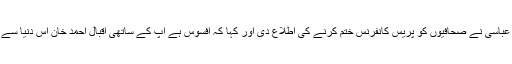
‘‘ بعد میں جنرل عباسی نے صحافیوں کو پریس کانفرنس ختم کرنے کی اطلاع دی اور کہا کہ افسوس ہے آپ کے ساتھی اقبال احمد خان اس دنیا سے رخصت ہوگئے۔